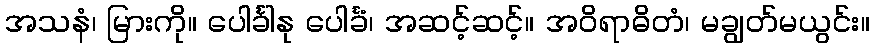
အသနံ၊ မြားကို။ ပေါင်္ခါနု ပေါင်္ခံ၊ အဆင့်ဆင့်။ အဝိရာဓိတံ၊ မချွတ်မယွင်း။